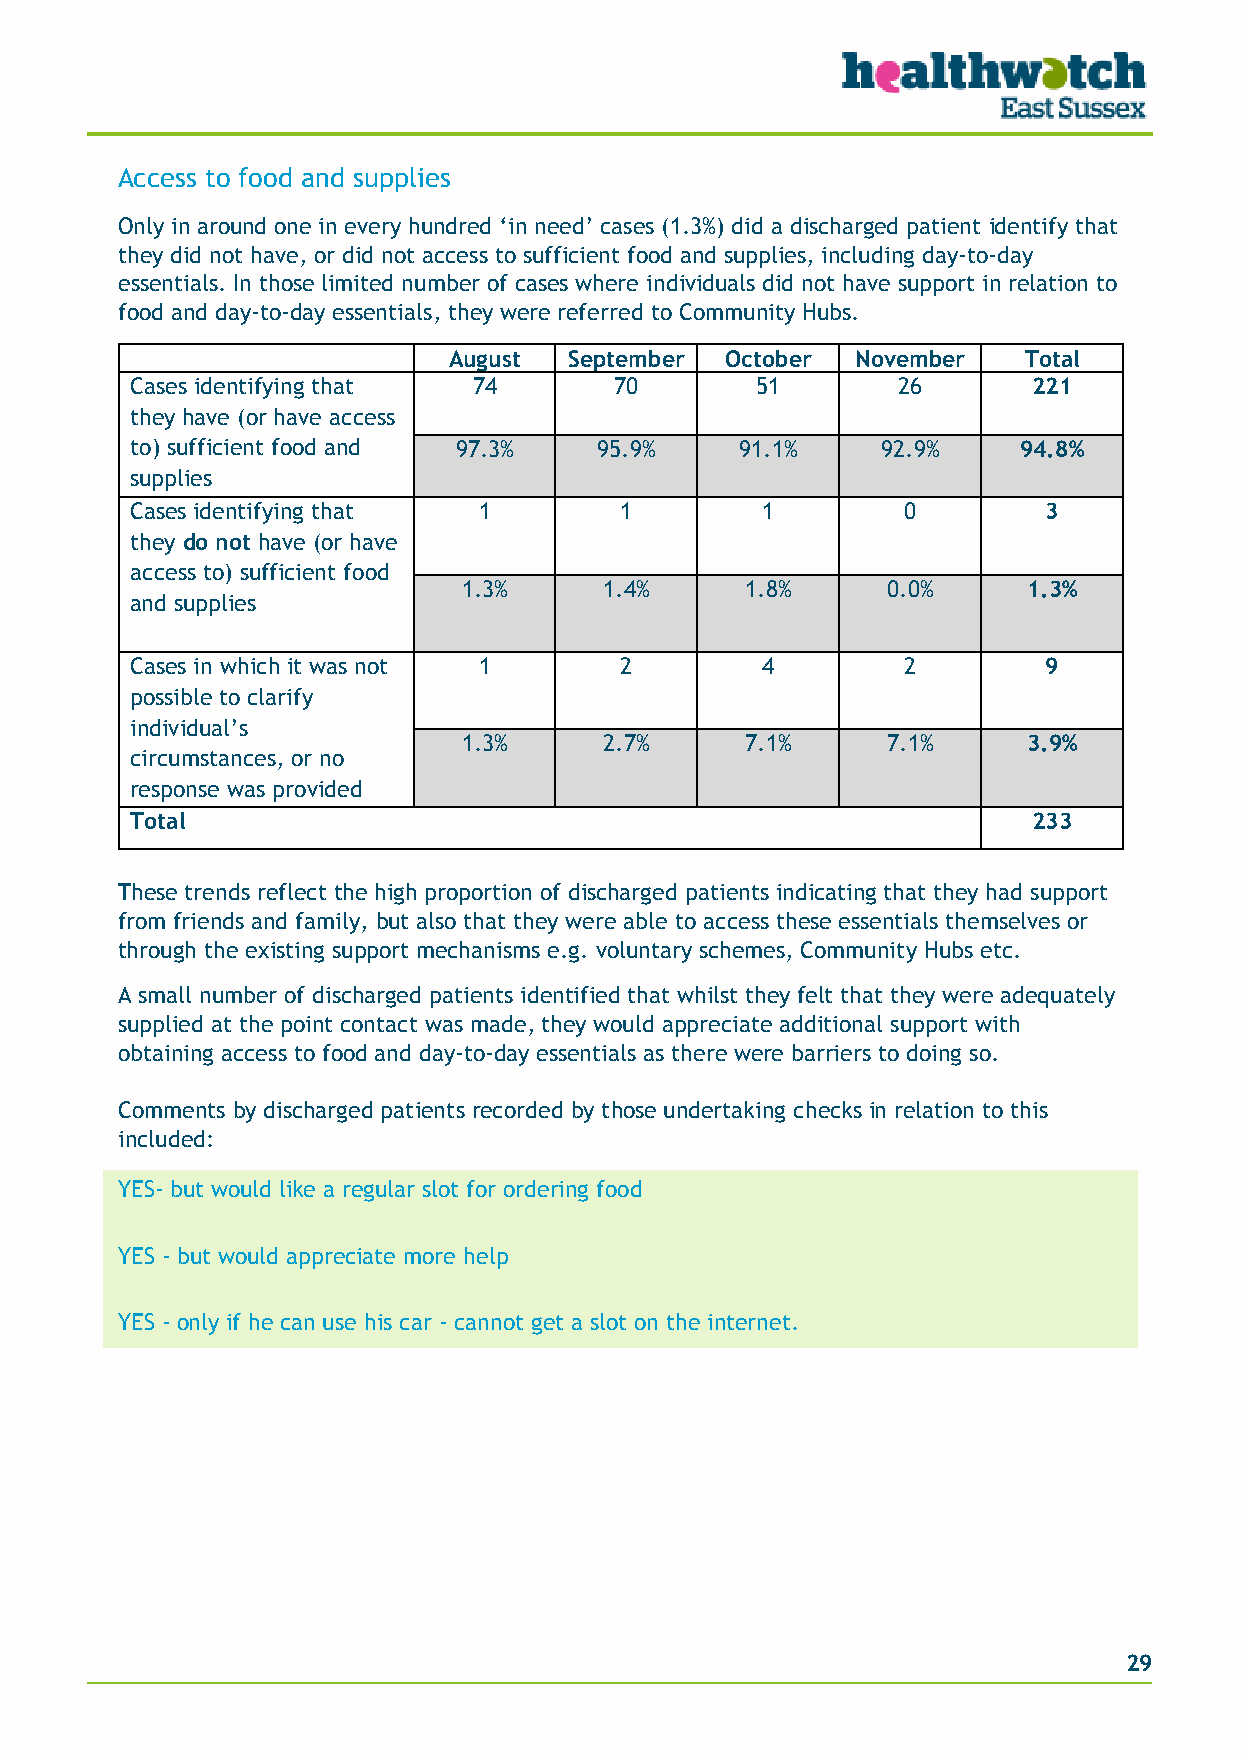
Access to food and supplies
 Only in around one in every hundred ‘in need’ cases (1.3%) did a discharged patient identify that
 they did not have, or did not access to sufficient food and supplies, including day-to-day
 essentials. In those limited number of cases where individuals did not have support in relation to
 food and day-to-day essentials, they were referred to Community Hubs.
 August  September October  November   Total
 Cases identifying that 74       70       51       26       221
 they have (or have access
 to) sufficient food and 97.3%  95.9%    91.1%    92.9%    94.8%
 supplies
 Cases identifying that 1        1        1         0        3
 they do not have (or have
 access to) sufficient food
 1.3%     1.4%     1.8%      0.0%     1.3%
 and supplies
 Cases in which it was not 1     2        4         2        9
 possible to clarify
 individual’s
 1.3%     2.7%     7.1%      7.1%     3.9%
 circumstances, or no
 response was provided
 Total                                                      233
 These trends reflect the high proportion of discharged patients indicating that they had support
 from friends and family, but also that they were able to access these essentials themselves or
 through the existing support mechanisms e.g. voluntary schemes, Community Hubs etc.
 A small number of discharged patients identified that whilst they felt that they were adequately
 supplied at the point contact was made, they would appreciate additional support with
 obtaining access to food and day-to-day essentials as there were barriers to doing so.
 Comments by discharged patients recorded by those undertaking checks in relation to this
 included:
 YES- but would like a regular slot for ordering food
 YES - but would appreciate more help
 YES - only if he can use his car - cannot get a slot on the internet.
 29